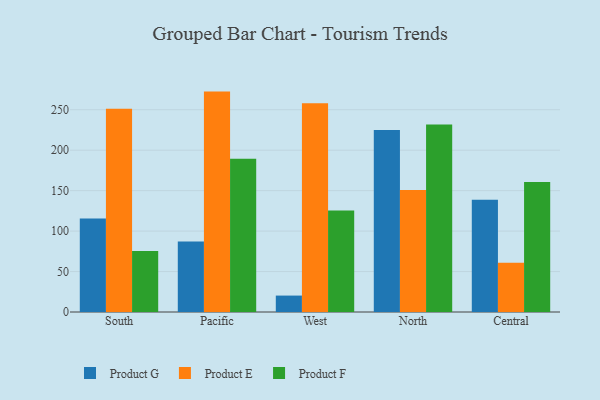
{"axis": {"x": "Region", "y": "Customer Acquisition Cost (USD)"}, "legend": ["Product E", "Product F", "Product G"], "data": [{"x": "South", "y": 115.6, "type": "Product G"}, {"x": "South", "y": 251.3, "type": "Product E"}, {"x": "South", "y": 75.3, "type": "Product F"}, {"x": "Pacific", "y": 87.1, "type": "Product G"}, {"x": "Pacific", "y": 272.4, "type": "Product E"}, {"x": "Pacific", "y": 189.4, "type": "Product F"}, {"x": "West", "y": 20.3, "type": "Product G"}, {"x": "West", "y": 258.0, "type": "Product E"}, {"x": "West", "y": 125.4, "type": "Product F"}, {"x": "North", "y": 225.0, "type": "Product G"}, {"x": "North", "y": 150.7, "type": "Product E"}, {"x": "North", "y": 231.6, "type": "Product F"}, {"x": "Central", "y": 138.6, "type": "Product G"}, {"x": "Central", "y": 60.8, "type": "Product E"}, {"x": "Central", "y": 160.6, "type": "Product F"}]}